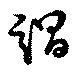
謂